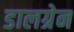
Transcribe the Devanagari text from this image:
डालग्रेन